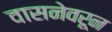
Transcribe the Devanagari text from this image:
वासनेवरून